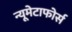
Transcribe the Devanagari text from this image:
न्यूमेटाफोर्स